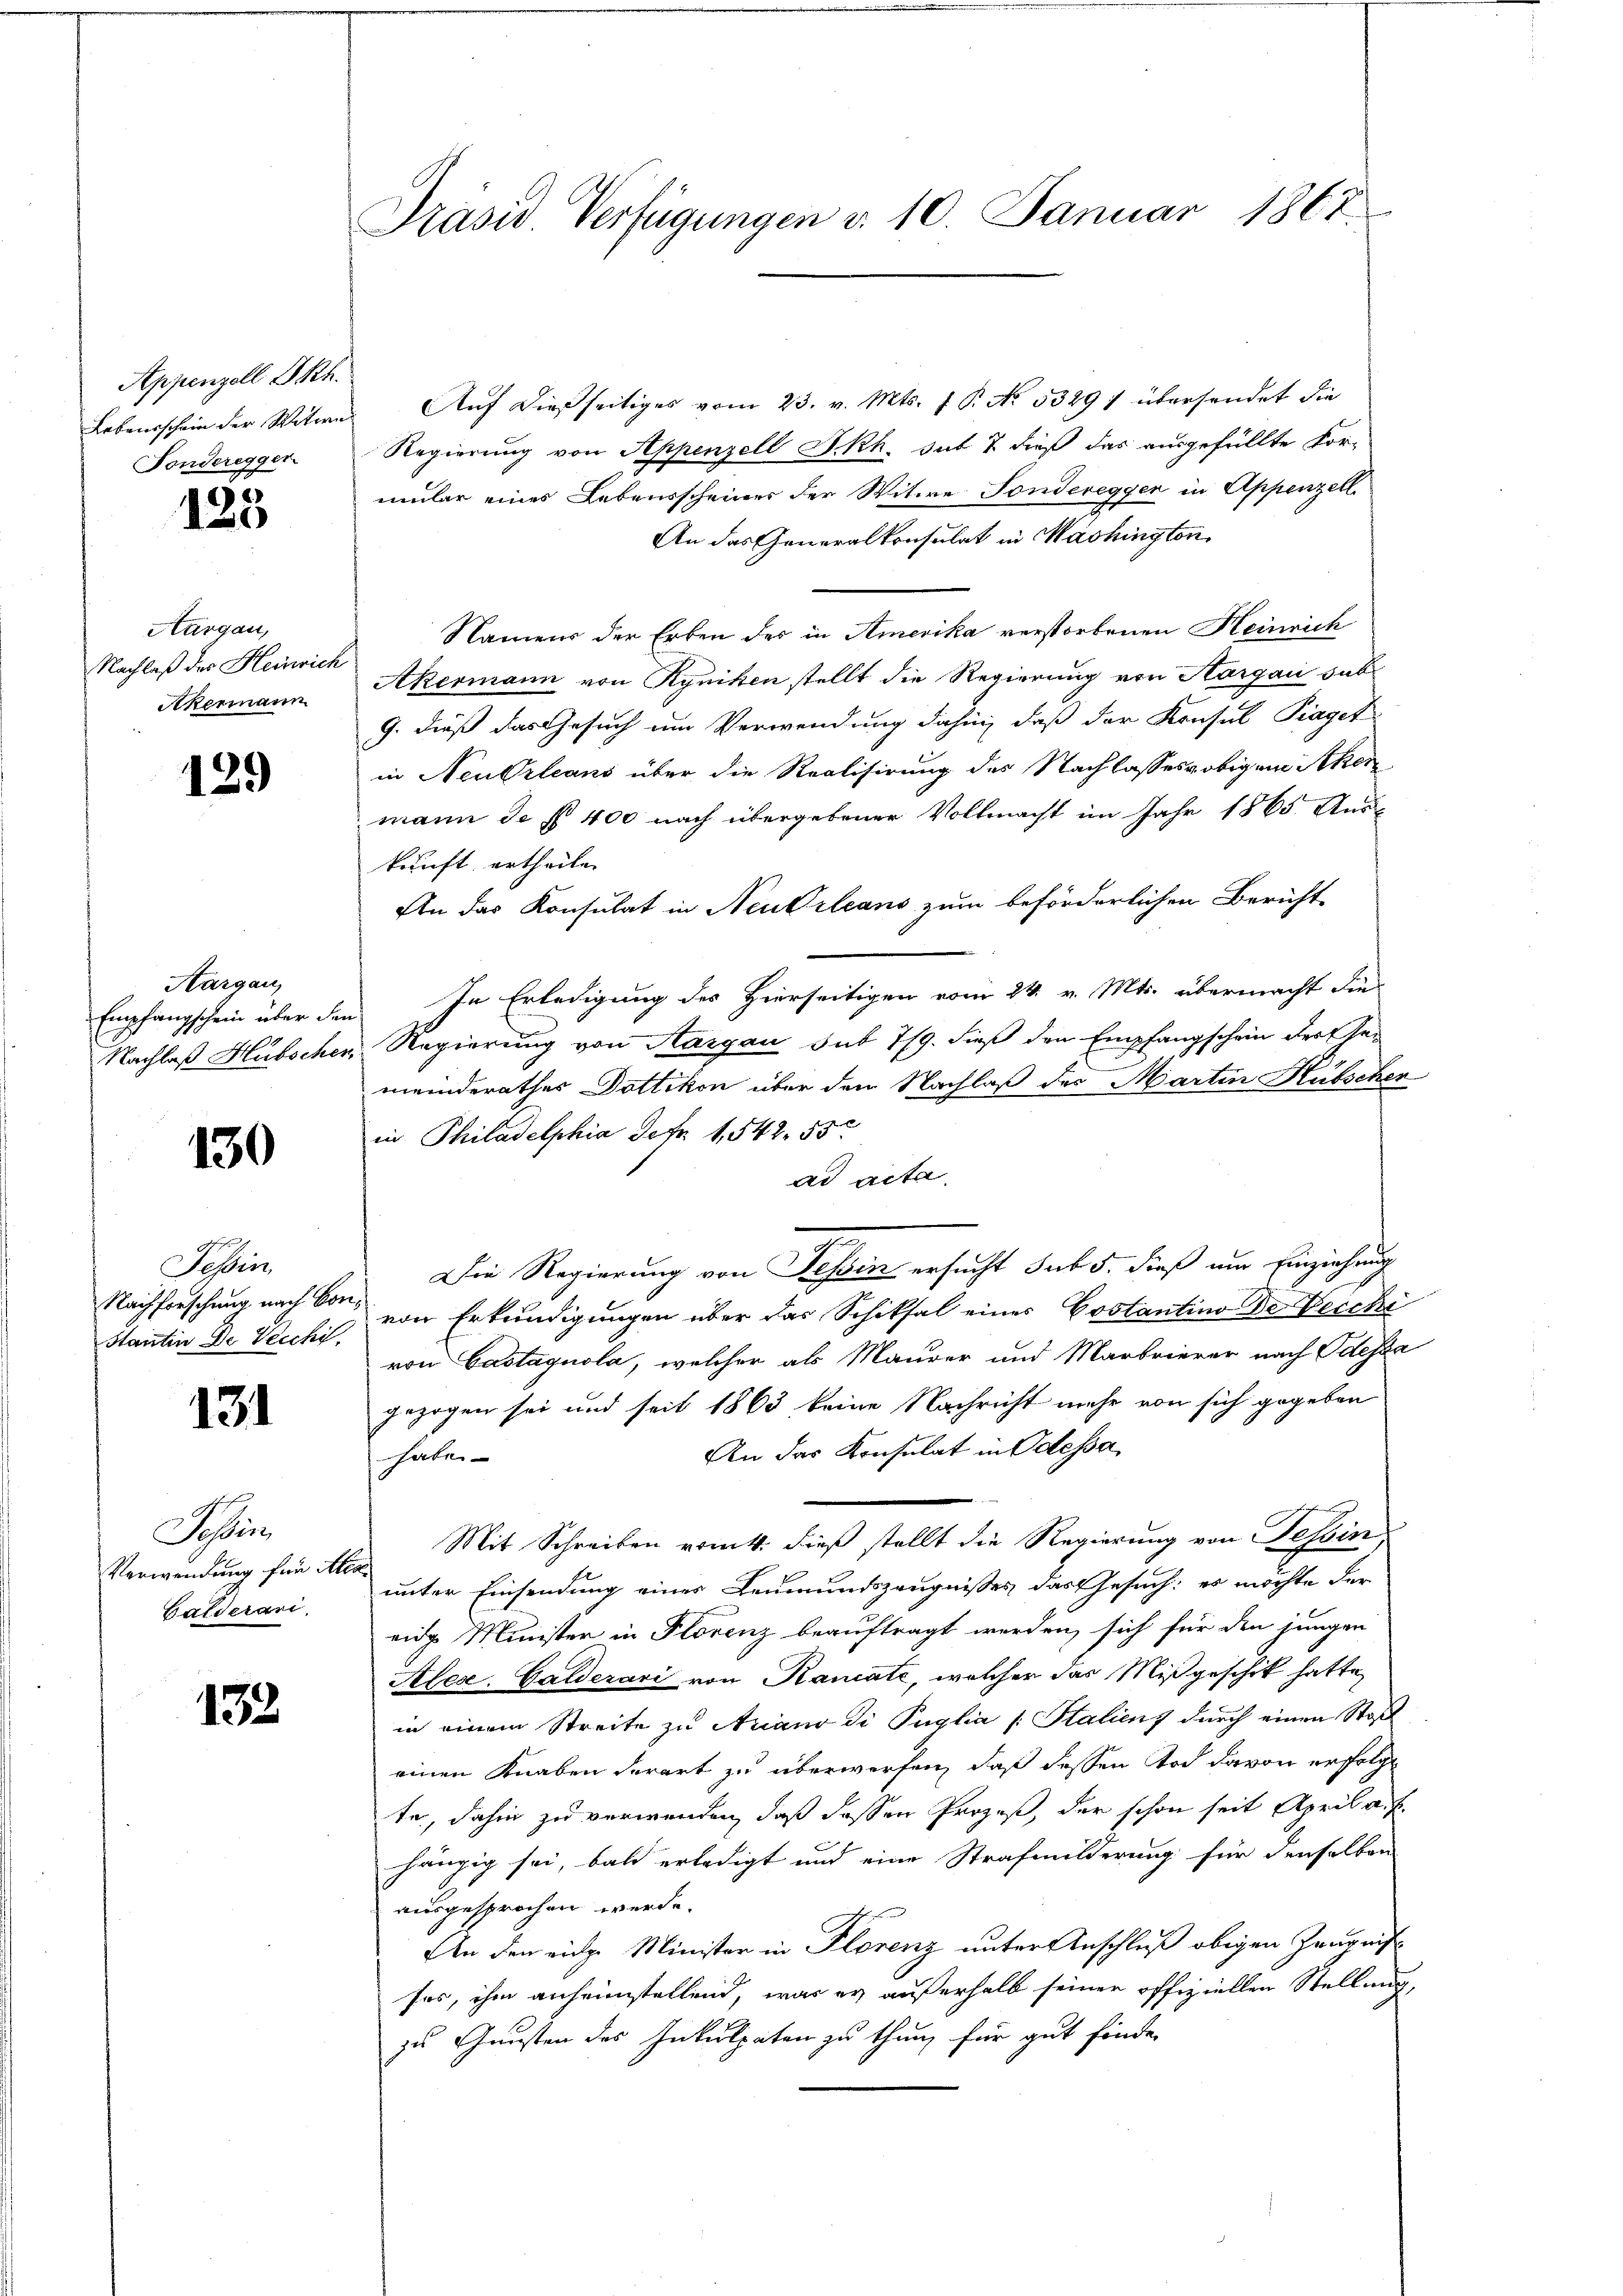
Appenzell I.Rh.
Lebensschein der Witwe
Fonderegger

123

Aargau,
Nachlaß des Heinrich
Akermann

.

129

Aargau,
Empfangschein über den
Nachlaß Hübscher

130

Tessin
Stantin de Vecchi,

131

Sche
Verwendung für Ale¬
Galderari

132

Präsid. Verfügungen d. 10. Januar 1864.

Auf dießseitiges vom 23. v. Mts. f. P. No. 53291 übersendet die
Regierung von Appenzell I.Rh. sub 7 dieß das ausgefüllte For-
mmler eines Lebensscheiner der Witwe Sondereggen in Appenzell
An das Generalkonsulat in Washington
Namens der Erben des in Amerika verstorbenen Heinrich
Akermann von Ryniken stellt die Regierung von Aargau sub
9. dieß das Gesuch um Verwendung dahin, daß der Konsul Piaget
in Neu Orleans über die Realisirung des Nachlasses obigen Acher
mann de § 400 nach übergebener Vollmacht im Jahr 1865. Aus
kunft ertheilen
An das Konsulat in Neukrleans zum beförderlichen Bericht-
In Erledigung des Hierseitigen vom 24. v. Mts. übermacht die
u Regierung von Aargau sub 7/9. dieß den Empfangschein der Gemeinderathes Dottikon über dem Nachlaß des Martin Hübscher
in Philadelphia Sefr. 1,542. 55
ad acta
Die Regierung von Tessin ersucht sub 5. dieß um Einziehung
Nachforschung nach so von Erkundigungen über das Schiksal eines Erstantino Der Verchi
von Castaquola, welcher als Maurer und Marbrierer nach Odessa
gezogen sei und seit 1863 keine Nachricht mehr von sich gegeben
An das Konsulat in Odessa
haben
Mit Schreiben vom 4. dieß stellt die Regierung von Tessin
u
unter Einsendung eines Leumundszeugnisses das Gesuch: es möchte der
eidg Minister in Florenz beauftragt werden, sich für den jungen
Ales. Galderari von Kanate, welcher das Mißgeschik hatte,
in einem Streite zu Ariano di Paglia (: Stalienz durch einen Stoß
einen Knaben derart zu überworfen, daß dessen Tod davon erfolgt
te, dahin zu verwenden, daß dessen Prozeß, der schon seit April a. f.
hängig sei, bald erledigt und eine Strafmilderung für denselben
ausgesprochen werde.
An den einge Minister in Florenz unter Anschluß obigen Zeugniß
ses, ihm anheimstellend, was er außerhalb seiner offiziellen Stellung,
zu Gunsten des Inkulpaten zu thun, für gut finde